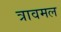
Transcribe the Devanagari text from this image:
त्रावमल